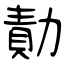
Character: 勣